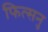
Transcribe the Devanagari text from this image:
फित्सनु